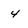
Character: 4